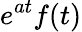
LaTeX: e^{at}f(t)